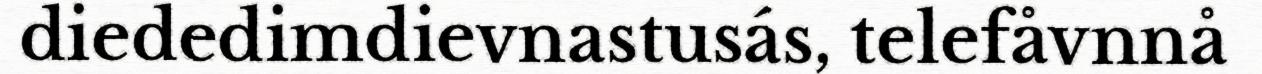
diededimdievnastusás, telefåvnnå